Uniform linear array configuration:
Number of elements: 16
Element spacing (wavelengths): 0.75
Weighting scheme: hann
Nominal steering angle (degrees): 15
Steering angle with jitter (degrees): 15.605
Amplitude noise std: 0.05
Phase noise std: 0.05

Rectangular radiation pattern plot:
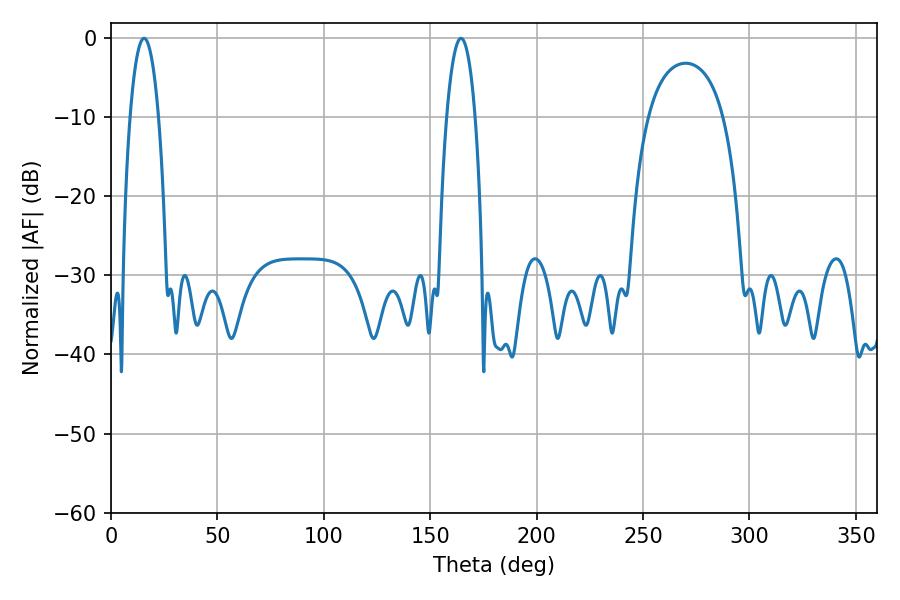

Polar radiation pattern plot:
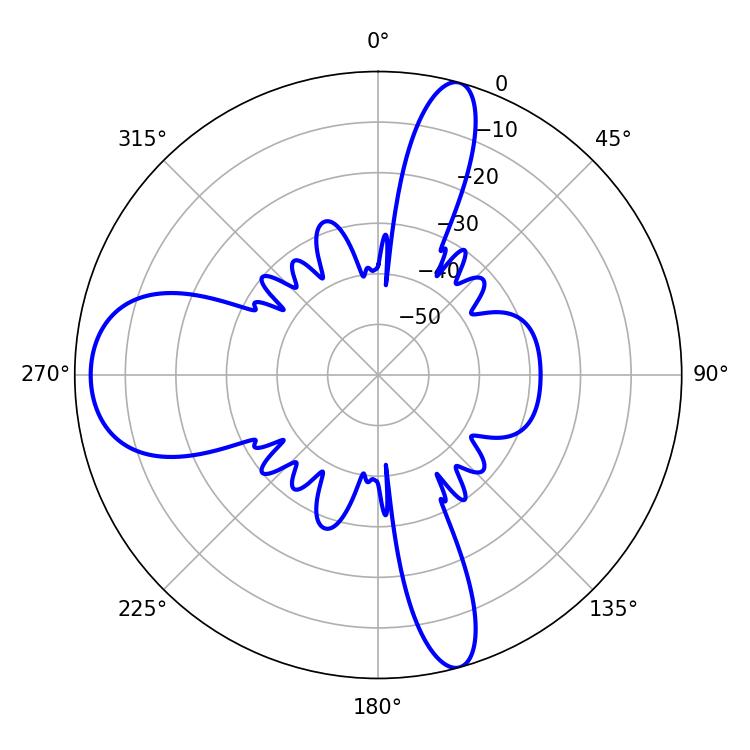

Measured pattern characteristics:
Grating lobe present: TRUE
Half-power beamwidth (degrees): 7.38
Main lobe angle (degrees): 15.48